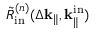
\Tilde { R } _ { \mathrm { i n } } ^ { ( n ) } ( \Delta \mathbf { k } _ { \parallel } , \mathbf { k } _ { \parallel } ^ { \mathrm { i n } } )